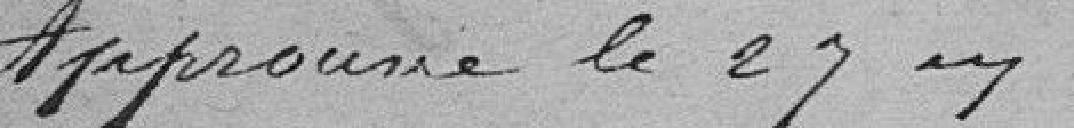
Approuvé le 27 mars